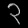
Digit: ၃